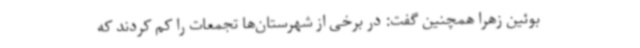
بوئین زهرا همچنین گفت: در برخی از شهرستان‌ها تجمعات را کم کردند که